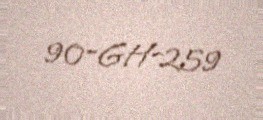
90-GH-259